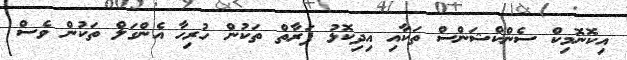
އިކޮނޮމިކް ސެންކްޝަންސް ތަކާއި އިދިކޮޅު ފަރާތް ތަކުން ހުރިހާ އެންގަލް ތަކުން ވެސް